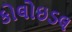
કોલોઇડલ